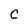
Character: c